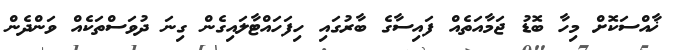
ޚާއްސަކޮށް މިހާ ބޮޑު ޖަމާއަތެއް ފައިސާގެ ބާރުގައި ހިފަހައްޓާލައިގެން ގިނަ ދުވަސްތަކެއް ވަންދެން